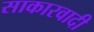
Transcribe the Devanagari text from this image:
साकारवादी